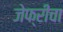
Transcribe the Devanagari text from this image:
जेफ्रीचा